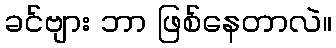
ခင်ဗျား ဘာ ဖြစ်နေတာလဲ။